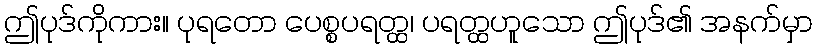
ဤပုဒ်ကိုကား။ ပုရတော ပေစ္စပရတ္ထ၊ ပရတ္ထဟူသော ဤပုဒ်၏ အနက်မှာ